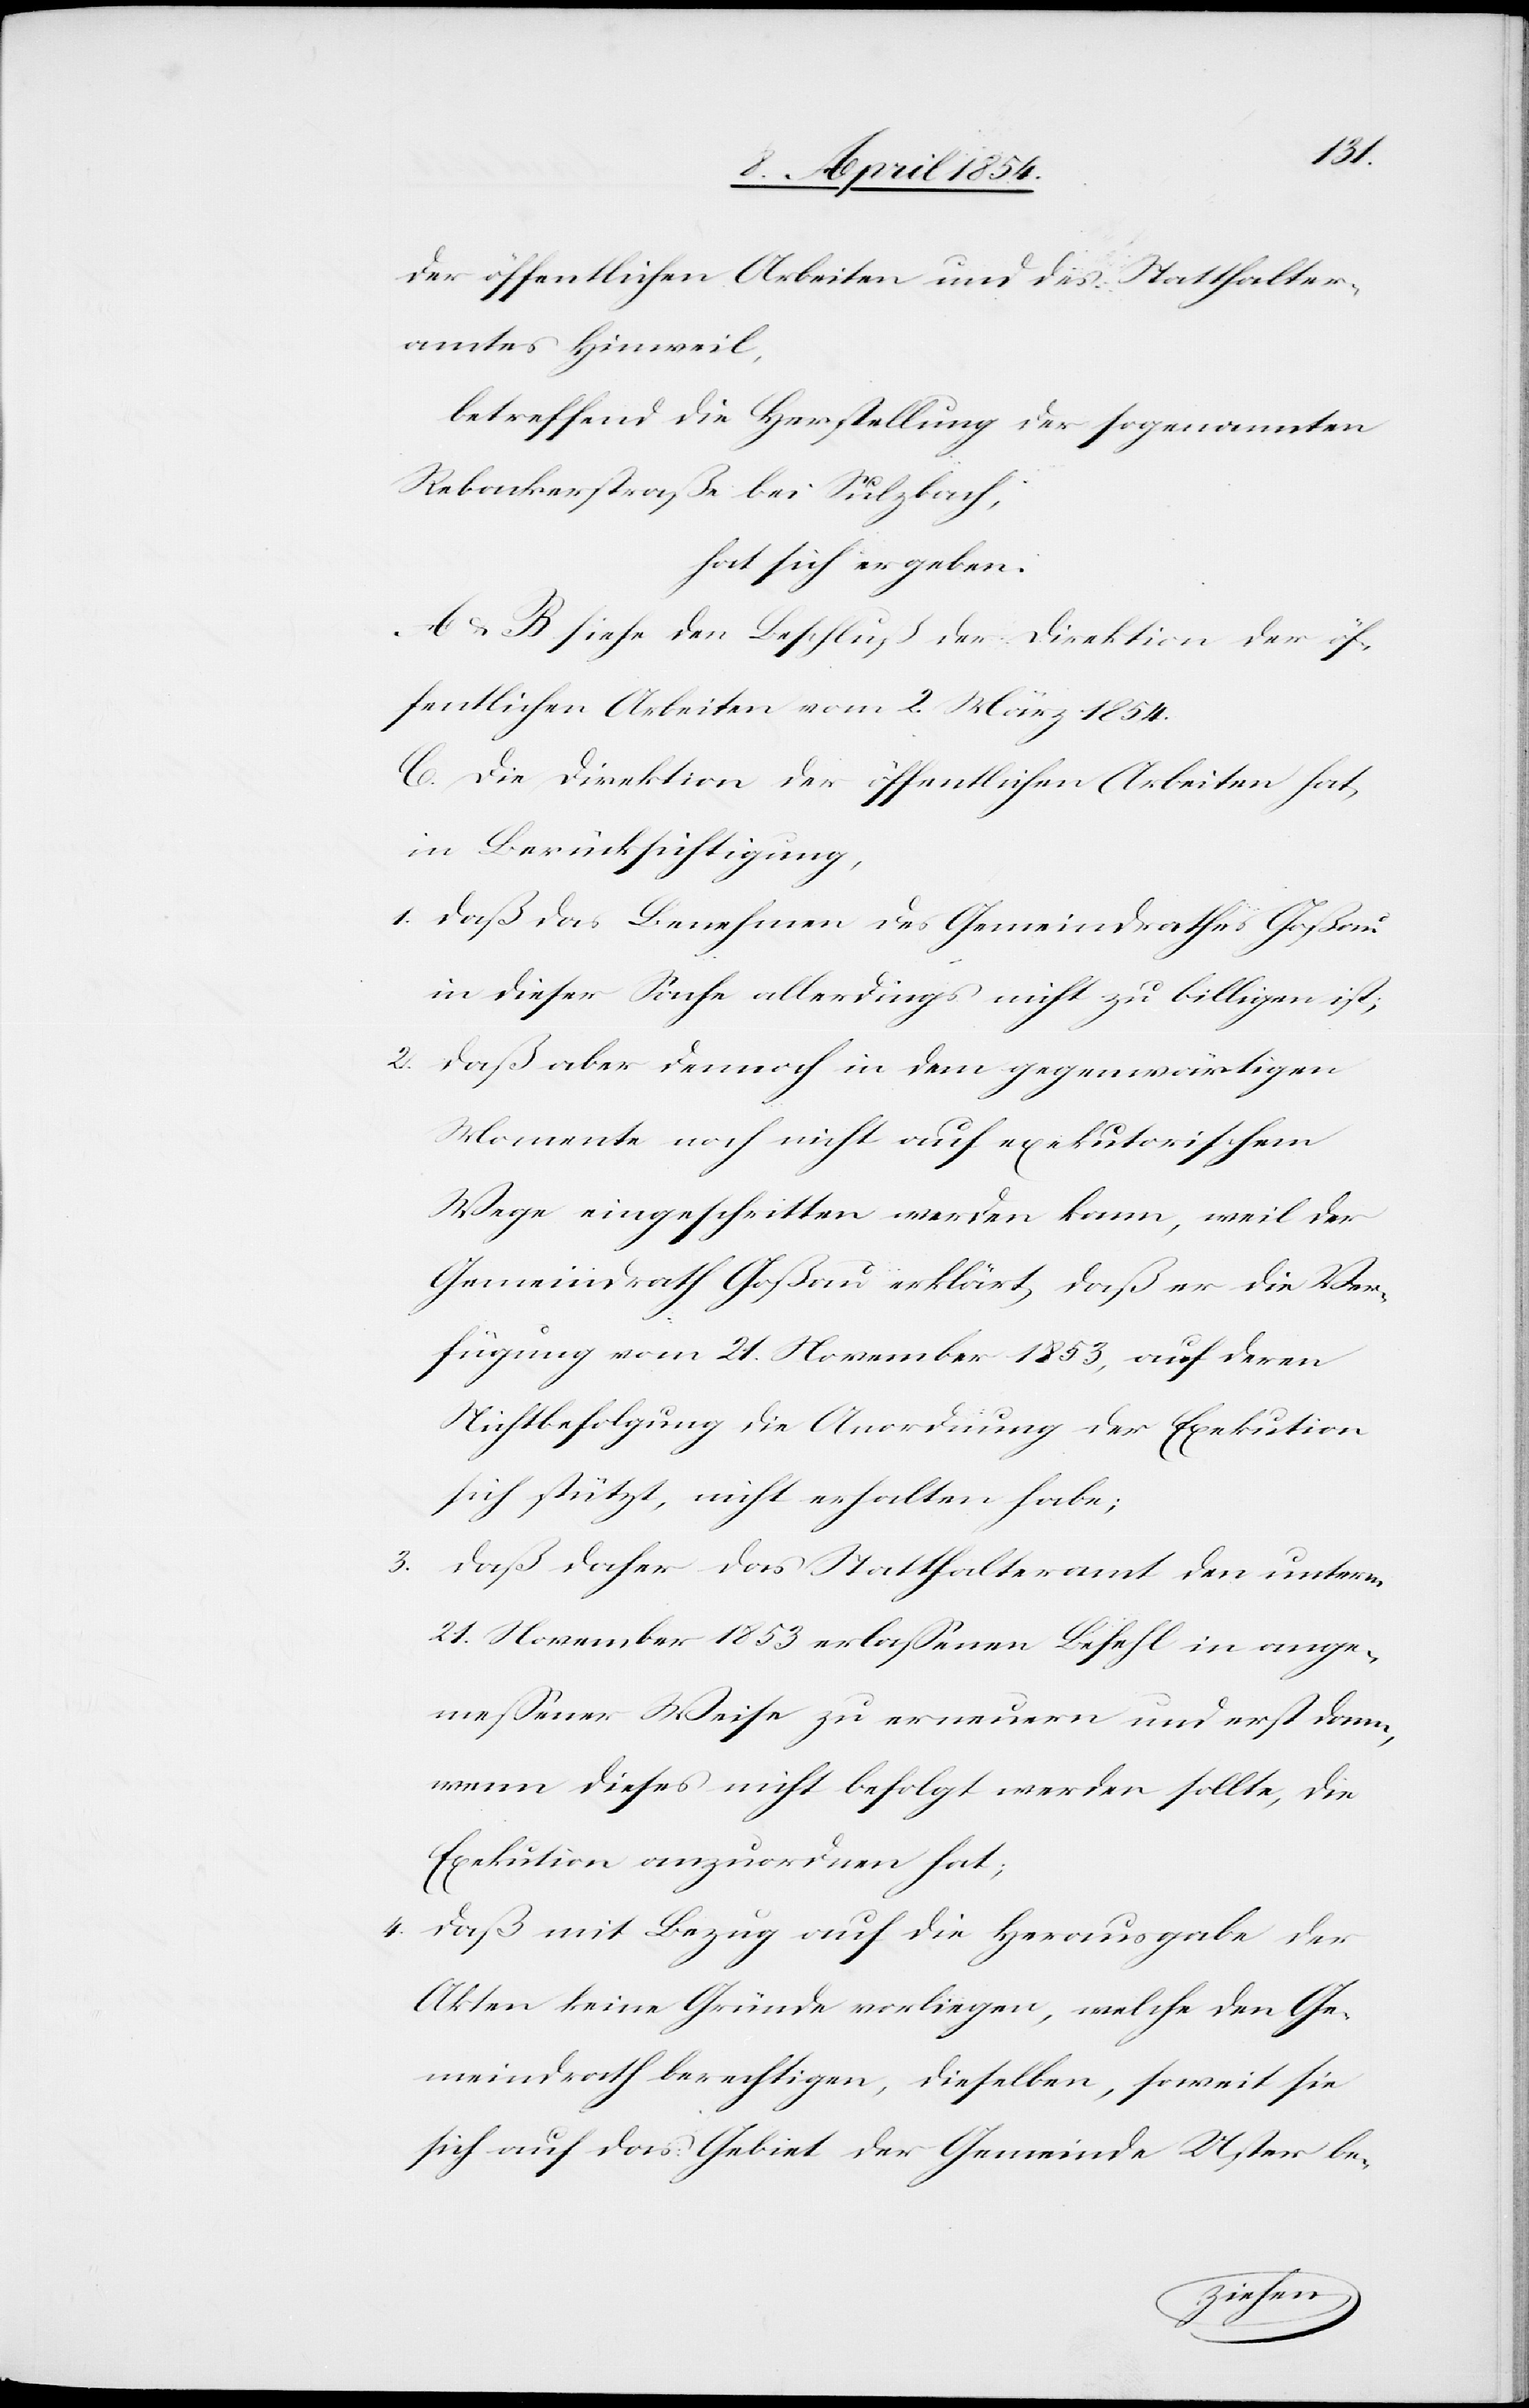
der öffentlichen Arbeiten und des Statthalter¬
amtes Hinweil,
betreffend die Herstellung der sogenannten
Rebackerstraße bei Sulzbach,
hat sich ergeben.
A u. B. siehe den Beschluß der Direktion der öf¬
fentlichen Arbeiten vom 2. März 1854.
C. Die Direktion der öffentlichen Arbeiten hat,
in Berücksichtigung,
1. daß das Benehmen des Gemeindrathes Goßau
in dieser Sache allerdings nicht zu billigen ist;
2. daß aber dennoch in dem gegenwärtigen
Momente noch nicht auf exekutorischem
Wege eingeschritten werden kann, weil der
Gemeindrath Goßau erklärt, daß er die Ver¬
fügung vom 21. November 1853, auf deren
Nichtbefolgung die Anordnung der Exekution
sich stützt, nicht erhalten habe;
3. daß daher das Statthalteramt den unterm
21. November 1853 erlaßenen Befehl in ange¬
meßener Weise zu erneuern und erst dann,
wenn dieses nicht befolgt werden sollte, die
Exekution anzuordnen hat;
4. daß mit Bezug auf die Herausgabe der
Akten keine Gründe vorliegen, welche den Ge¬
meindrath berechtigen, dieselben, soweit sie
sich auf das Gebiet der Gemeinde Uster be-